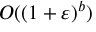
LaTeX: O ( ( 1 + \varepsilon ) ^ { b } )